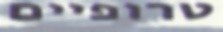
טרופיים